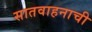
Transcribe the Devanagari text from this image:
सातवाहनाची